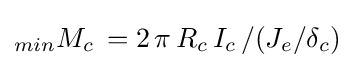
_{min}M_{c}\,=2\,\pi \,R_{c}\,I_{c}\,/(J_{e}/\delta _{c})